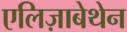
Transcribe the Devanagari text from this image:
एलिज़ाबेथेन